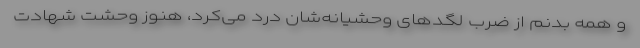
و همه بدنم از ضرب لگدهای وحشیانه‌شان درد می‌کرد، هنوز وحشت شهادت